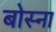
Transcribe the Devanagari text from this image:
बोस्ना